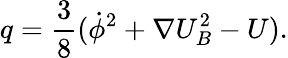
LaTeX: q=\frac{3}{8}(\dot{\phi}^{2}+\nabla U_{B}^{2}-U).